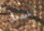
للمس